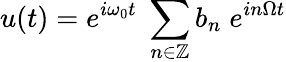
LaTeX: u(t)=e^{i\omega_{0}t}\; \sum_{n\in\mathbb{Z}}b_{n}\; e^{in\Omega t}